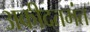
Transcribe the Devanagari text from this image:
अकीदतमंत